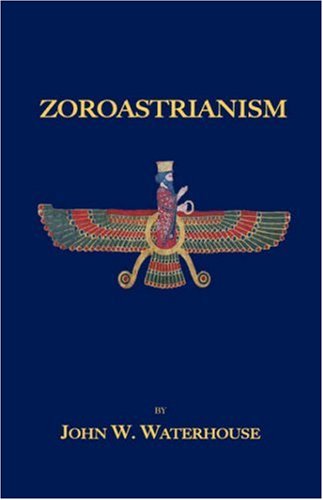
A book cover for Zoroastrianism; John W. Waterhouse; Religion & Spirituality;